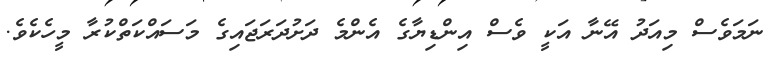
ނަމަވެސް މިއަދު އޭނާ އަކީ ވެސް އިންޑިޔާގެ އެންމެ ދަށުދަރަޖައިގެ މަސައްކަތްކުރާ މީހެކެވެ.